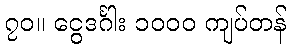
၇၀။ ငွေဒင်္ဂါး ၁၀၀၀ ကျပ်တန်